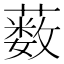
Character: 薮